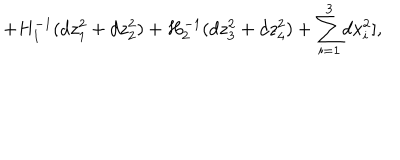
+ H _ { 1 } ^ { - 1 } ( d z _ { 1 } ^ { 2 } + d z _ { 2 } ^ { 2 } ) + H _ { 2 } ^ { - 1 } ( d z _ { 3 } ^ { 2 } + d z _ { 4 } ^ { 2 } ) + { \sum _ { i = 1 } ^ { 3 } } d x _ { i } ^ { 2 } ] ,